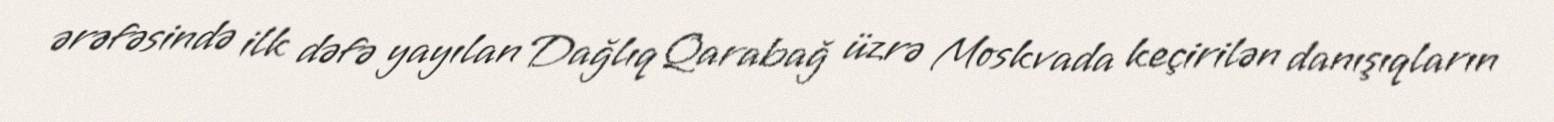
ərəfəsində ilk dəfə yayılan Dağlıq Qarabağ üzrə Moskvada keçirilən danışıqların